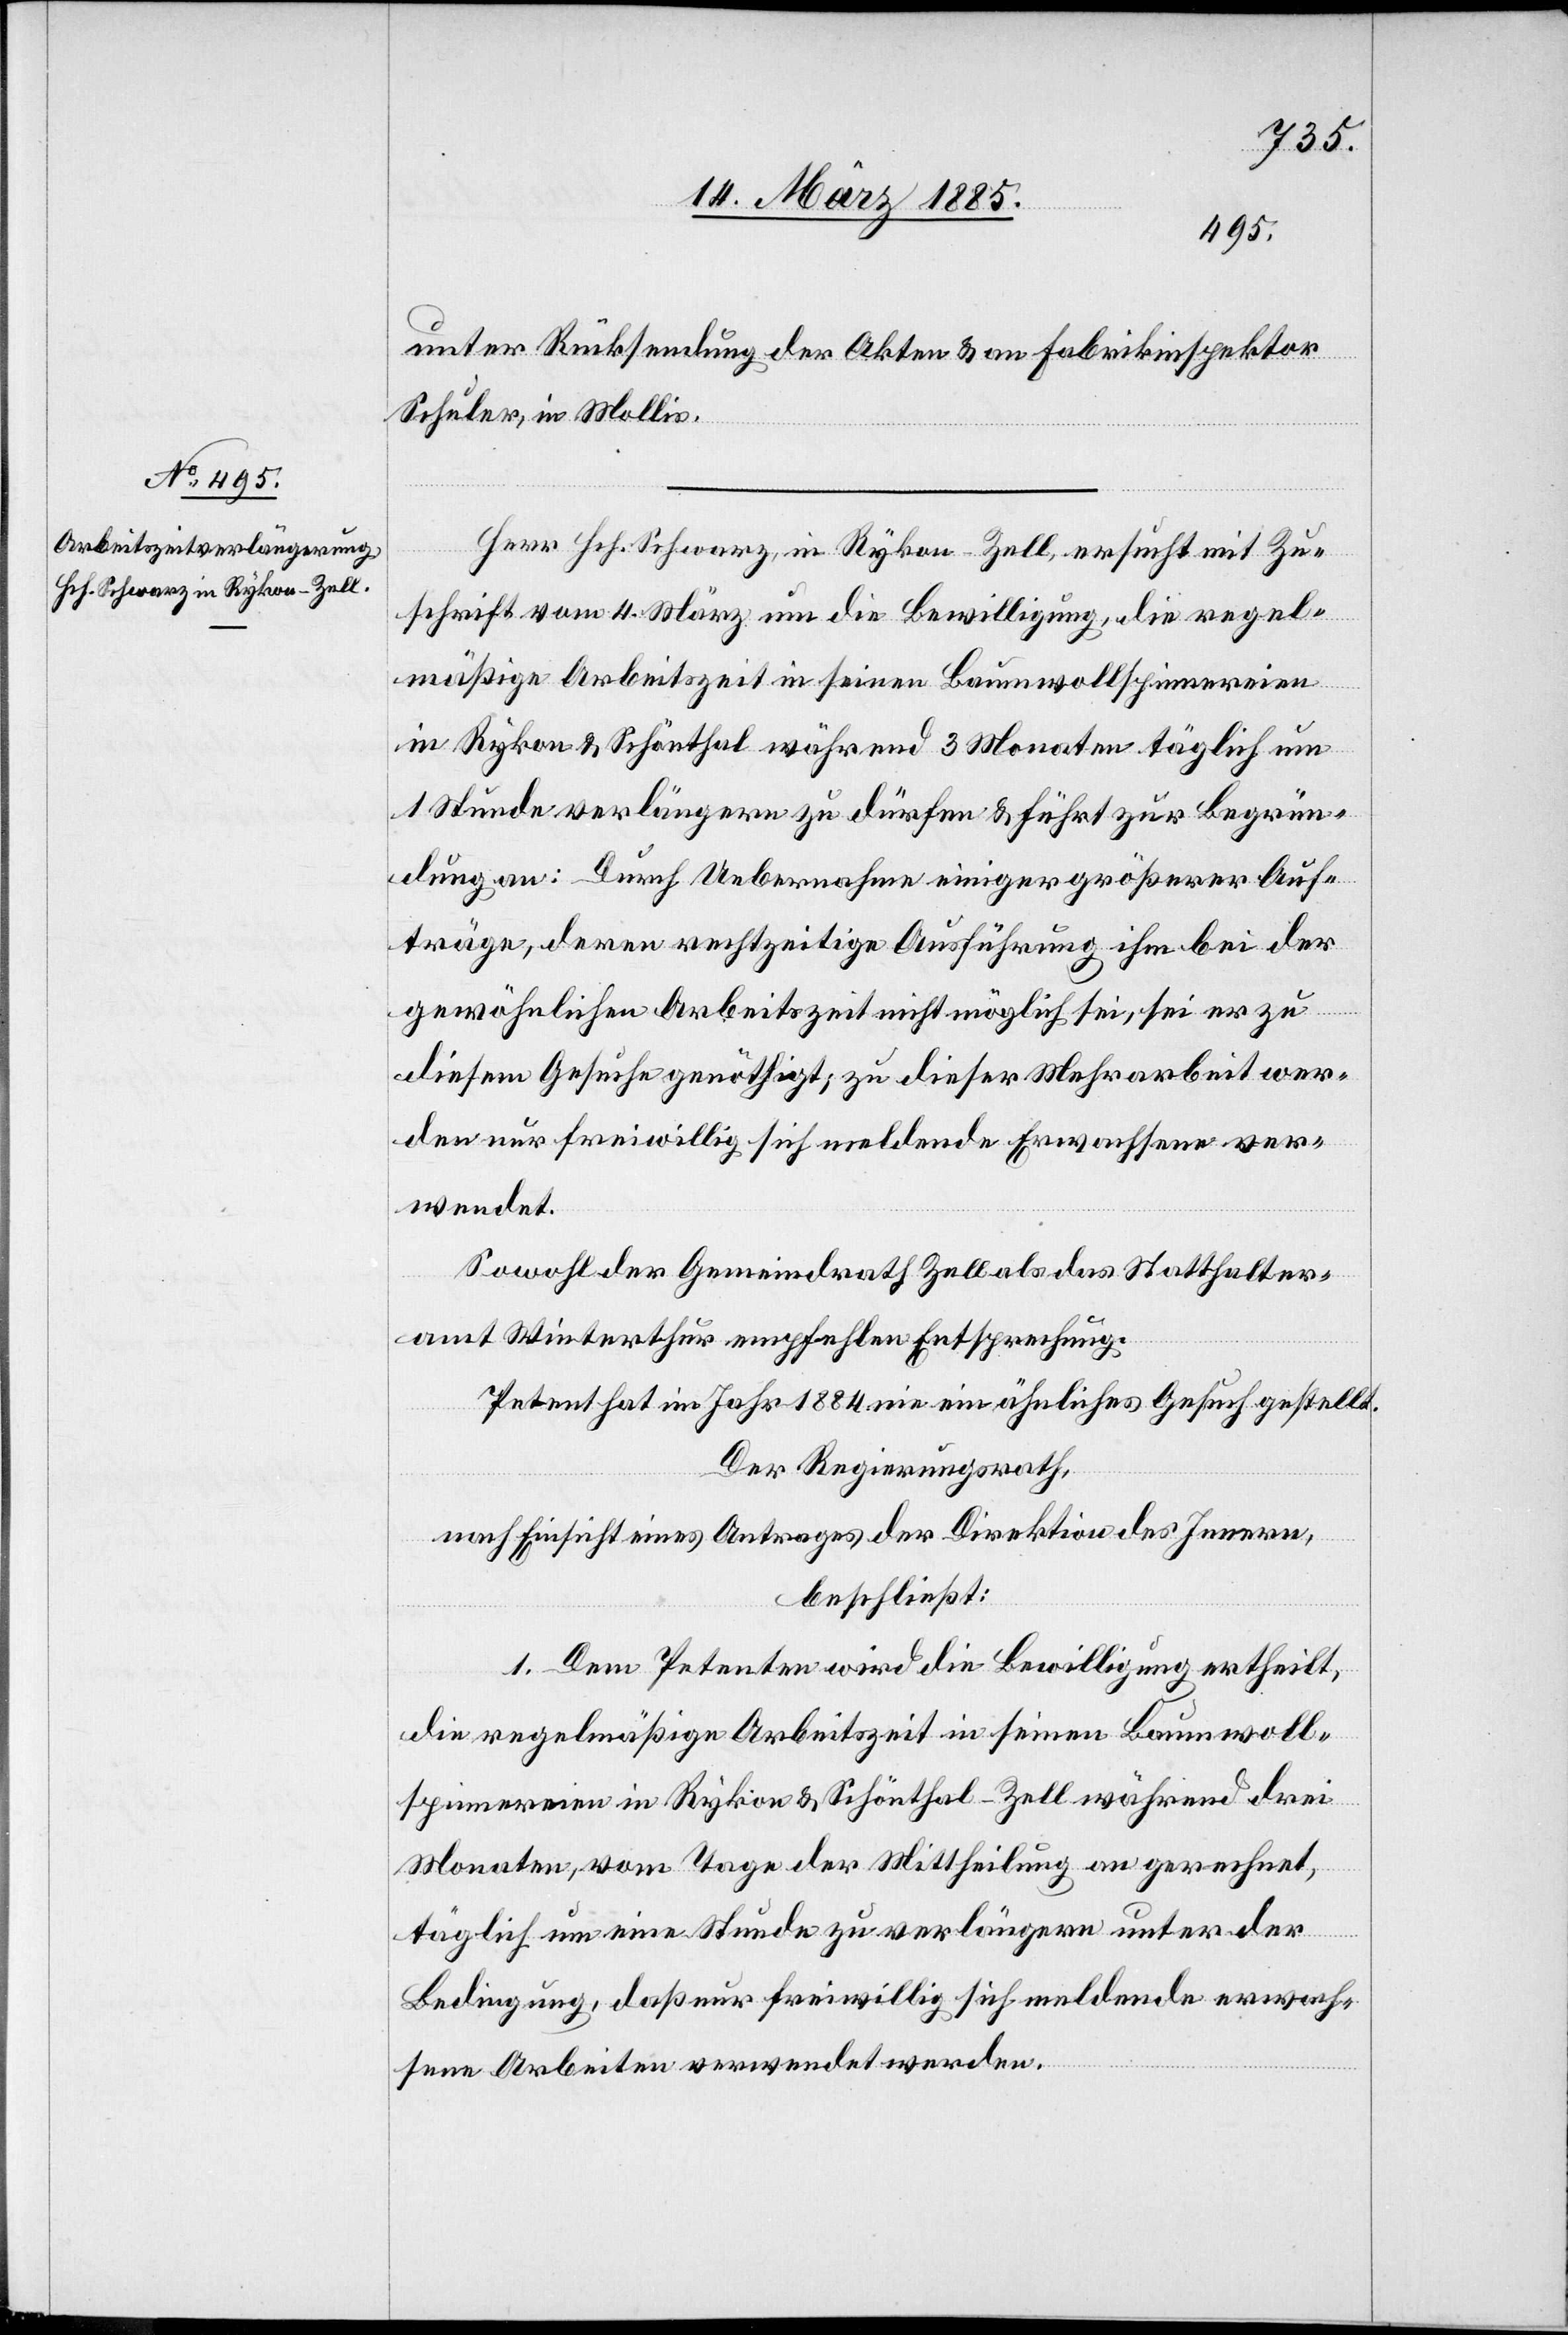
unter Rücksendung der Akten & an Fabrikinspektor
Schuler, in Mollis.
Herr Hch. Schwarz, in Rykon - Zell, ersucht mit Zu¬
schrift vom 4. März um die Bewilligung, die regel¬
mäßige Arbeitszeit in seinen Baumwollspinnereien
in Rykon & Schönthal während 3 Monaten täglich um
1 Stunde verlängern zu dürfen & führt zur Begrün¬
dung an: Durch Uebernahme einiger größerer Auf¬
träge, deren rechtzeitige Ausführung ihm bei der
gewöhnlichen Arbeitszeit nicht möglich sei, sei er zu
diesem Gesuche genöthigt; zu dieser Mehrarbeit wer¬
den nur freiwillig sich meldende Erwachsene ver¬
wendet.
Sowohl der Gemeindrath Zell als das Statthalter¬
amt Winterthur empfehlen Entsprechung.
Petent hat im Jahr 1884 nie ein ähnliches Gesuch gestellt.
Der Regierungsrath,
nach Einsicht eines Antrages der Direktion des Innern,
beschließt:
1. Dem Petenten wird die Bewilligung ertheilt,
die regelmäßige Arbeitszeit in seinen Baumwoll¬
spinnereien in Rykon & Schönthal - Zell während drei
Monaten, vom Tage der Mittheilung an gerechnet,
täglich um eine Stunde zu verlängern unter der
Bedingung, das nur freiwillig sich meldende erwach¬
sene Arbeiten [sic!] verwendet werden.